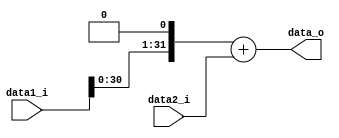
module Adder_Branch
(
	data1_i,	// immediate to shift 1
	data2_i,	// program counter now
	data_o
);

input	[31:0]		data1_i;
input	[31:0]		data2_i;
output	[31:0]		data_o;

assign	data_o		= (data1_i << 1) + data2_i;

endmodule